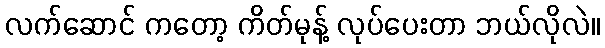
လက်ဆောင် ကတော့ ကိတ်မုန့် လုပ်ပေးတာ ဘယ်လိုလဲ။